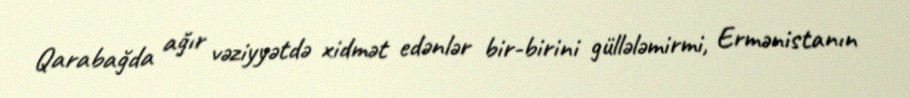
Qarabağda ağır vəziyyətdə xidmət edənlər bir-birini güllələmirmi, Ermənistanın